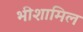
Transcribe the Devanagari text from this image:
भीशामिल